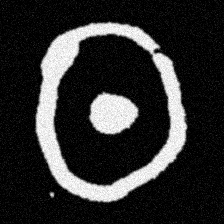
Pyu character \u2014 Myanmar letter: ထ (romanized: tha)